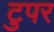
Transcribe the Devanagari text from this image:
टुपर